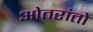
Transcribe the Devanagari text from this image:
ओतरांतो